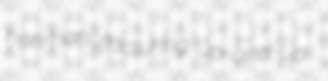
nonmanufacturing up-and-up